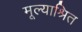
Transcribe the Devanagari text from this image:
मूल्याश्रित